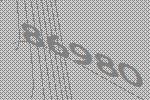
86980